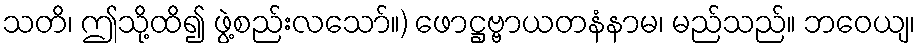
သတိ၊ ဤသို့ထိ၍ ဖွဲ့စည်းလသော်။) ဖောဋ္ဌဗ္ဗာယတနံနာမ၊ မည်သည်။ ဘဝေယျ၊